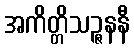
အကိတ္တိသဉ္ဇနနီ